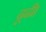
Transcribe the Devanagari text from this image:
ढूढी।